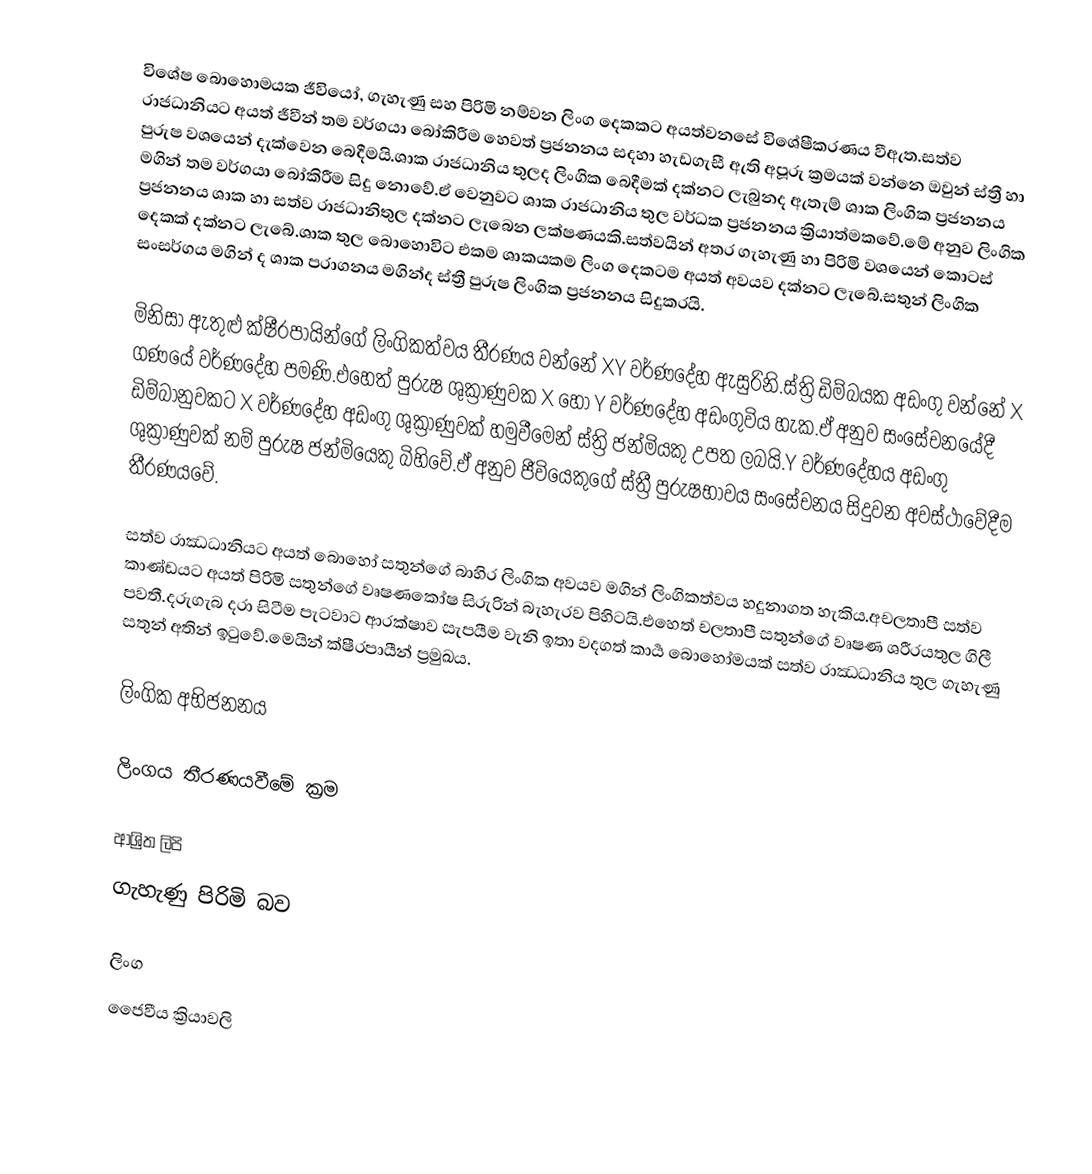
විශේෂ බොහොමයක ජීවියෝ, ගැහැණු සහ පිරිමි නම්වන ලිංග දෙකකට අයත්වනසේ විශේෂීකරණය වීඇත.සත්ව රාජධානියට අයත් ජීවීන් තම වර්ගයා බෝකිරීම හෙවත් ප්‍රජනනය සදහා හැඩගැසී ඇති අපූරු ක්‍රමයක් වන්නෙ ඔවුන් ස්ත්‍රී හා පුරුෂ වශයෙන් දැක්වෙන බෙදීමයි.ශාක රාජධානිය තුලද ලිංගික බෙදීමක් දක්නට ලැබුනද ඇතැම් ශාක ලිංගික ප්‍රජනනය මගින් තම වර්ගයා බෝකිරීම සිදු නොවේ.ඒ වෙනුවට ශාක රාජධානිය තුල වර්ධක ප්‍රජනනය ක්‍රියාත්මකවේ.මේ අනුව ලිංගික ප්‍රජනනය ශාක හා සත්ව රාජධානිතුල දක්නට ලැබෙන ලක්ෂණයකි.සත්වයින් අතර ගැහැණු හා පිරිමි වශයෙන් කොටස් දෙකක් දක්නට ලැබේ.ශාක තුල බොහොවිට එකම ශාකයකම ලිංග දෙකටම අයත් අවයව දක්නට ලැබේ.සතුන් ලිංගික සංසර්ගය මගින් ද ශාක පරාගනය මගින්ද ස්ත්‍රී පුරුෂ ලිංගික ප්‍රජනනය සිදුකරයි.

මිනිසා ඇතුළු ක්ෂීරපායින්ගේ ලිංගිකත්වය තීරණය වන්නේ XY වර්ණදේහ ඇසුරිනි.ස්ත්‍රි ඩිම්බයක අඩංගු වන්නේ X ගණයේ වර්ණදේහ පමණි.එහෙත් පුරුෂ ශුක්‍රාණුවක X හෝ Y වර්ණදේහ අඩංගුවිය හැක.ඒ අනුව සංසේචනයේදී ඩිම්බානුවකට X වර්ණදේහ අඩංගු ශුක්‍රාණුවක් හමුවීමෙන් ස්ත්‍රි ජන්මියකු උපත ලබයි.Y වර්ණදේහය අඩංගු ශුක්‍රාණුවක් නම් පුරුෂ ජන්මියෙකු බිහිවේ.ඒ අනුව ජීවියෙකුගේ ස්ත්‍රී පුරුෂභාවය සංසේචනය සිදුවන අවස්ථාවේදීම තීරණයවේ.

සත්ව රාඣධානියට අයත් බොහෝ සතුන්ගේ බාහිර ලිංගික අවයව මගින් ලිංගිකත්වය හදුනාගත හැකිය.අචලතාපී සත්ව කාණ්ඩයට අයත් පිරිමි සතුන්ගේ වෘෂණකෝෂ සිරුරින් බැහැරව පිහිටයි.එහෙත් චලතාපී සතුන්ගේ වෘෂණ ශරීරයතුල ගිලී පවතී.දරුගැබ දරා සිටීම පැටවාට ආරක්ෂාව සැපයීම වැනි ඉතා වදගත් කාර්‍ය බොහෝමයක් සත්ව රාඣධානිය තුල ගැහැණු සතුන් අතින් ඉටුවේ.මෙයින් ක්ෂීරපායීන් ප්‍රමුඛය.

ලිංගික අභිජනනය

ලිංගය තීරණයවීමේ ක්‍රම

ආශ්‍රිත ලිපි
 ගැහැණු පිරිමි බව

ලිංග
ජෛවීය ක්‍රියාවලි